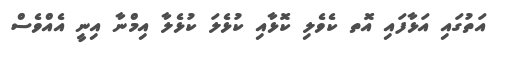
އަތުގައި އަޅާފައި އޮތ ކެވެލި ކޮޅާއި ކުޅެލަ ކުޅެލާ އިމްނާ އިނީ އެއްވެސް